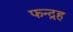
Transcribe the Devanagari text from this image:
फन्द्रह